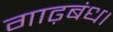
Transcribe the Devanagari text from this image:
गाढ़बंध।